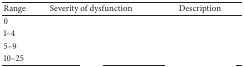
<table><thead><tr><td><b>Range</b></td><td><b>Severity of dysfunction</b></td><td><b>Description</b></td></tr></thead><tbody><tr><td>0</td><td>[EMPTY_CELL]</td><td>[EMPTY_CELL]</td></tr><tr><td>1–4</td><td>[EMPTY_CELL]</td><td>[EMPTY_CELL]</td></tr><tr><td>5–9</td><td>[EMPTY_CELL]</td><td>[EMPTY_CELL]</td></tr><tr><td>10–25</td><td>[EMPTY_CELL]</td><td>[EMPTY_CELL]</td></tr></tbody></table>